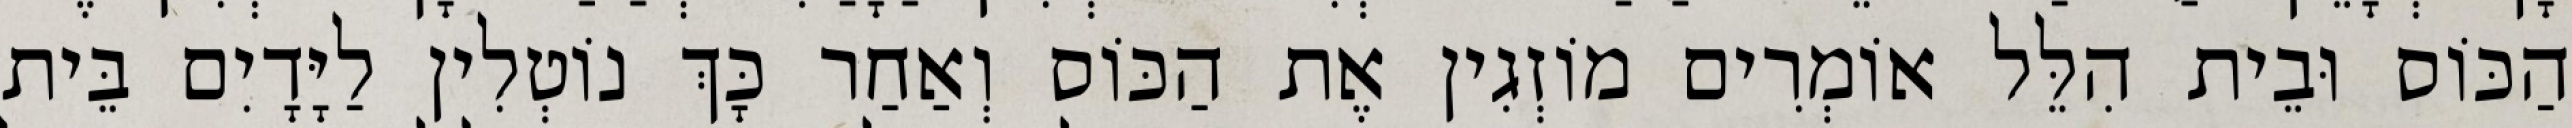
הַכּוֹס וּבֵית הִלֵּל אוֹמְרִים מוֹזְגִין אֶת הַכּוֹס וְאַחַר כָּךְ נוֹטְלִין לַיָּדָיִם בֵּית